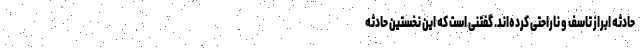
حادثه ابراز تاسف و ناراحتی کرده‌اند. گفتنی است که این نخستین حادثه